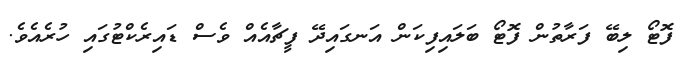
ފޮޓޯ ލިބޭ ފަރާތުން ފޮޓޯ ބަލައިފިކަން އަނގައިދޭ ފީޗާއެއް ވެސް ޑައިރެކްޓުގައި ހުރެއެވެ.